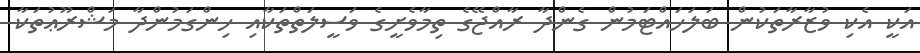
އަކީ އެކި ވުޒާރާތަކުން ބަލަހައްޓަމުން ގެންދާ ރާއްޖޭގެ ތިމާވެށީގެ ވަސީލަތްތަކާއި ހިންގަމުންދާ މަޝްރޫޢުތަކާ